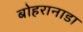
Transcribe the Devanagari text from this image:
बोहरानाडा